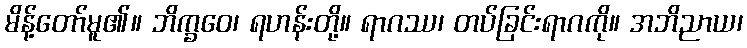
မိန့်တော်မူ၏။ ဘိက္ခဝေ၊ ရဟန်းတို့။ ရာဂဿ၊ တပ်ခြင်းရာဂကို။ အဘိညာယ၊